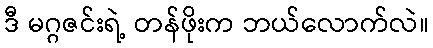
ဒီ မဂ္ဂဇင်းရဲ့ တန်ဖိုးက ဘယ်လောက်လဲ။